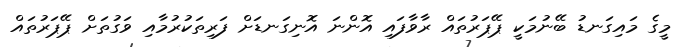
މީގެ މައިގަނޑު ބޭނުމަކީ ޕޭޕަރުތައް ރާވާފައި އޮންނަ އޮނިގަނޑަށް ފަރިތަކުރުމާއި ވަގުތަށް ޕޭޕަރުތައް